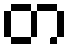
တ